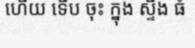
ហើយ ទើប ចុះ ក្នុង ស្ទឹង ធំ